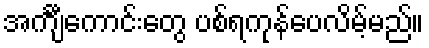
အင်္ကျီကောင်းတွေ ပစ်ရကုန်ပေလိမ့်မည်။